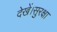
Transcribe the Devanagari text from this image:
देखें।सुरक्षा